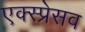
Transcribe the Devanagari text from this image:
एक्स्प्रेसव